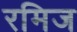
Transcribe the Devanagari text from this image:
रमिज